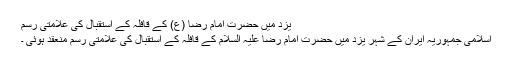
یزد میں حضرت امام رضا (ع) کے قافلہ کے استقبال کی علامتی رسم
اسلامی جمہوریہ ایران کے شہر یزد میں حضرت امام رضا علیہ السلام کے قافلہ کے استقبال کی علامتی رسم منعقد ہوئی ۔